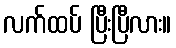
လက်ထပ် ပြီးပြီလား။